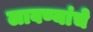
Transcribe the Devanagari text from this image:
लावण्यांचे